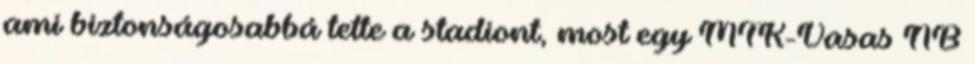
ami biztonságosabbá tette a stadiont, most egy MTK-Vasas NB